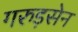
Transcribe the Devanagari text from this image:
गरुड़सेन